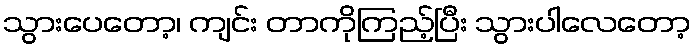
သွားပေတော့၊ ကျင်း တာကိုကြည့်ပြီး သွားပါလေတော့